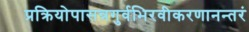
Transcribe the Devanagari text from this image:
प्रक्रियोपासन्नगुर्वभिरवीकरणानन्तरं